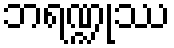
ဘရဏ္ဍုဿ